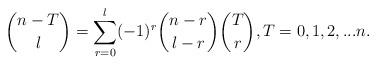
LaTeX: \begin{align*}{{n-T}\choose l} = \sum_{r=0}^{l} (-1)^r {{n-r}\choose{l -r}}{ T \choose r}, T=0,1,2, ...n. \end{align*}